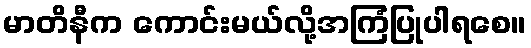
မာတိနီက ကောင်းမယ်လို့အကြံပြုပါရစေ။